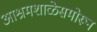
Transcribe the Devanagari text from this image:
आश्रमशाळेसमोरून